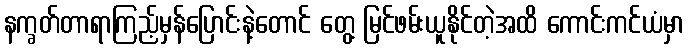
နက္ခတ်တာရာကြည့်မှန်ပြောင်းနဲ့တောင် တွေ့ မြင်ဖမ်းယူနိုင်တဲ့အထိ ကောင်းကင်ယံမှာ